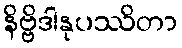
နိဗ္ဗိဒါနုပဿိတာ